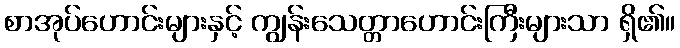
စာအုပ်ဟောင်းများနှင့် ကျွန်းသေတ္တာဟောင်းကြီးများသာ ရှိ၏။